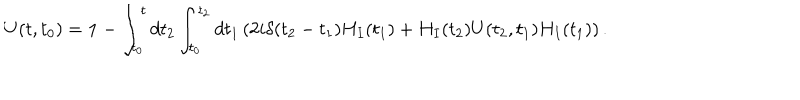
U ( t , t _ { 0 } ) = { \bf 1 } - \int _ { t _ { 0 } } ^ { t } d t _ { 2 } \int _ { t _ { 0 } } ^ { t _ { 2 } } d t _ { 1 } \left( 2 i \delta ( t _ { 2 } - t _ { 1 } ) H _ { I } ( t _ { 1 } ) + H _ { I } ( t _ { 2 } ) U ( t _ { 2 } , t _ { 1 } ) H _ { I } ( t _ { 1 } ) \right) .